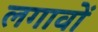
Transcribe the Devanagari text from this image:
लगावों